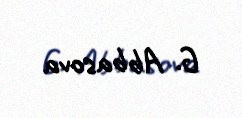
G. Abbasova